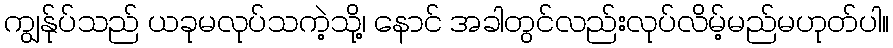
ကျွန်ုပ်သည် ယခုမလုပ်သကဲ့သို့၊ နောင် အခါတွင်လည်းလုပ်လိမ့်မည်မဟုတ်ပါ။